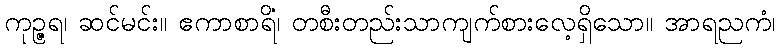
ကုဉ္ဇရ၊ ဆင်မင်း။ ဧကာစာရိံ၊ တစီးတည်းသာကျက်စားလေ့ရှိသော။ အာရညကံ၊